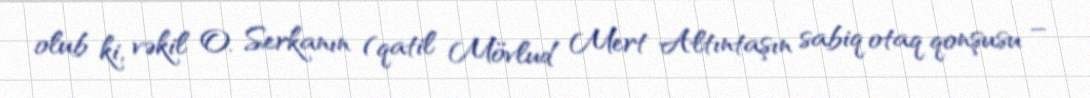
olub ki, vəkil O. Serkanın (qatil Mövlud Mert Altıntaşın sabiq otaq qonşusu –